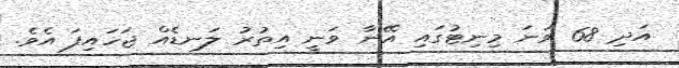
އަދި 68 ވަނަ މިނިޓުގައި އޭނާ ވަނީ އިތުރު ލަނޑެއް ޖަހައިފަ އެވެ.